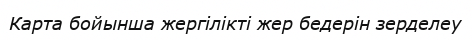
Карта бойынша жергілікті жер бедерін зерделеу